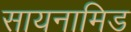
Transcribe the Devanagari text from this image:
सायनामिड